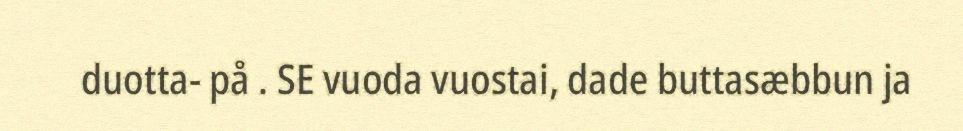
duotta- på . SE vuoda vuostai, dade buttasæbbun ja